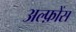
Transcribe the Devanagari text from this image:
अल्फ़ोंस